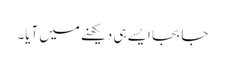
جا بجا ایسے ہی دیکھنے میں آیا۔